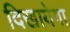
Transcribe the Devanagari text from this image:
दिखायेगा